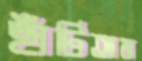
ছাঁটিতাম